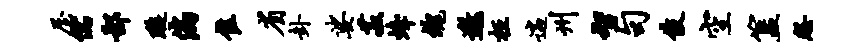
屋儒鄙璇偏隹省卦娑菽蜂魂邀枉遄州智句伎空簋怨